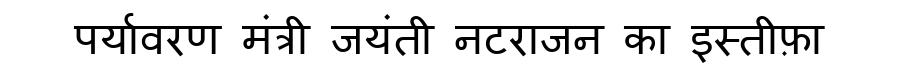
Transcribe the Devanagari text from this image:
पर्यावरण मंत्री जयंती नटराजन का इस्तीफ़ा